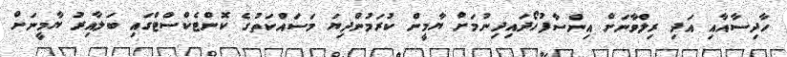
ހާދިސާއާއި އަދި ރިލްވާނަށް އިންސާފުހޯދައިދިނުމަށް ޔާމީން ކުރަމުންދިޔަ މަސައްކަތުގެ ކޮންޓެކްސްޓްގައި ބަލާއިރު ޔާމީނަށް